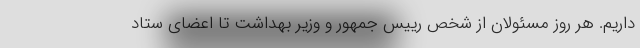
داریم. هر روز مسئولان از شخص رییس جمهور و وزیر بهداشت تا اعضای ستاد